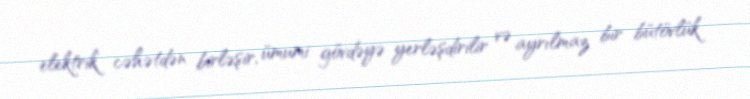
elektrik cəhətdən birləşir, ümumi gövdəyə yerləşdirilir və ayrılmaz bir bütövlük